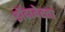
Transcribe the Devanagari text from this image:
झेंदावेस्ता